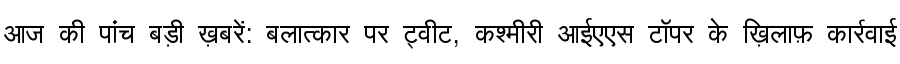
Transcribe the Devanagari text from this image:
आज की पांच बड़ी ख़बरें: बलात्कार पर ट्वीट, कश्मीरी आईएएस टॉपर के ख़िलाफ़ कार्रवाई